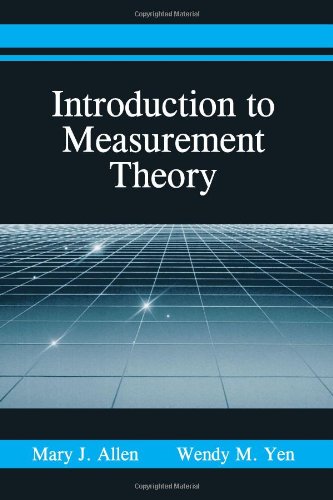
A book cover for Introduction to Measurement Theory:; Mary J. Allen; Medical Books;